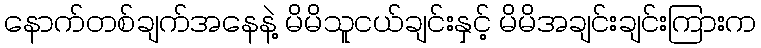
နောက်တစ်ချက်အနေနဲ့ မိမိသူငယ်ချင်းနှင့် မိမိအချင်းချင်းကြားက